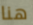
هنا